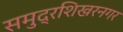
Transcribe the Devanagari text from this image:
समुद्रशिखरनगर